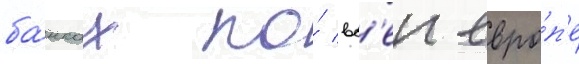
ба́нках по́ вс'еи евро́п'е